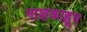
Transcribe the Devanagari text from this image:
नाशकाहून